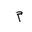
Letter: _mim